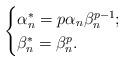
LaTeX: \begin{align*}\begin{cases}\alpha^{*}_{n}=p\alpha_{n}\beta_{n}^{p-1};\\\beta^{*}_{n}=\beta_{n}^{p}.\end{cases}\end{align*}